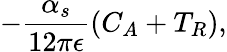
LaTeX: -\frac{\alpha_{s}}{12\pi\epsilon}\left(C_{A}+T_{R}\right),